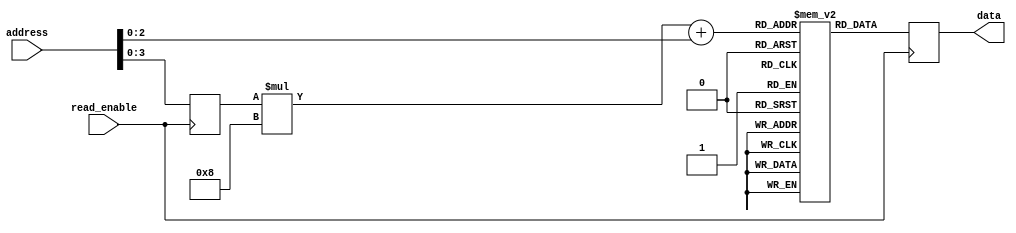
module memory_blocks(
    input wire [7:0] address,
    input wire read_enable,
    output reg [7:0] data
);

parameter BLOCK_SIZE = 8;
parameter NUM_BLOCKS = 16;

reg [7:0] memory[NUM_BLOCKS][BLOCK_SIZE];
reg [3:0] selected_block;

always @ (posedge read_enable) begin
    selected_block <= address[3:0];
    data <= memory[selected_block][address[2:0]];
end

endmodule